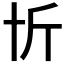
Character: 𠦉